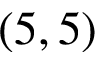
( 5 , 5 )